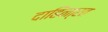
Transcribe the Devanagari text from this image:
दाहिना्रत